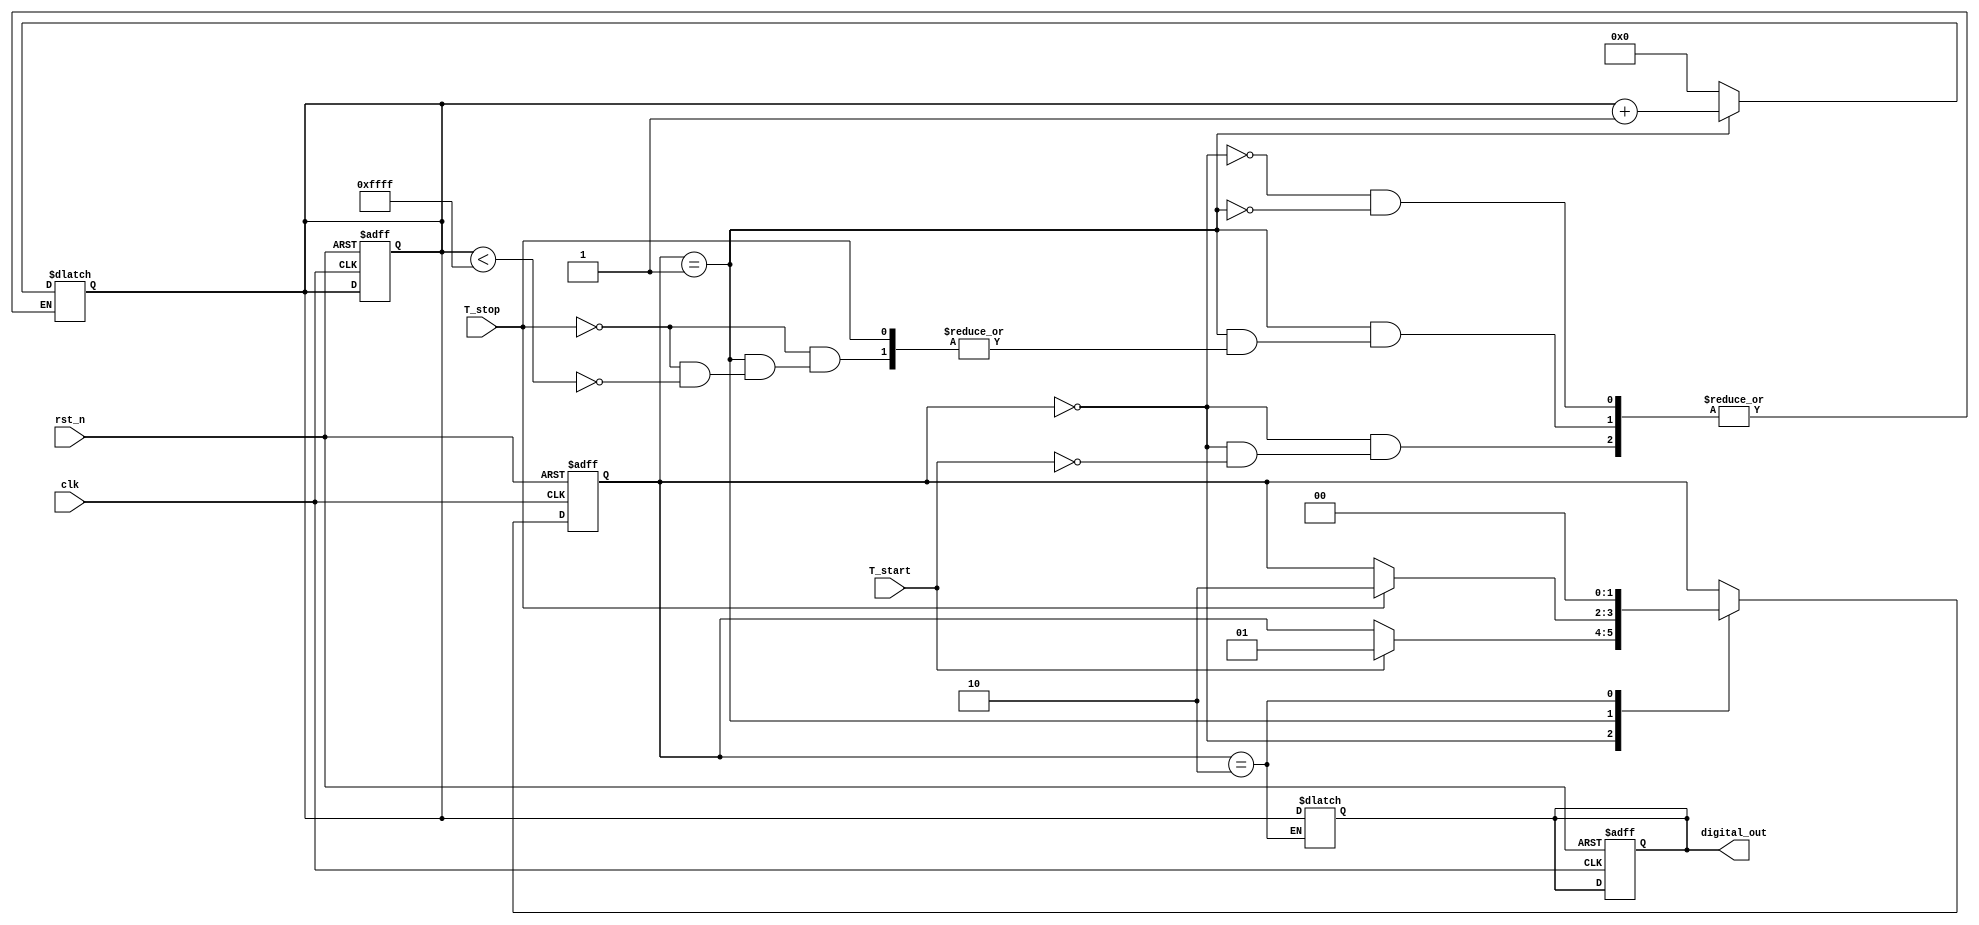
module TDC (
    input wire clk,              // System Clock
    input wire rst_n,            // Active low reset
    input wire T_start,          // Start signal
    input wire T_stop,           // Stop signal
    output reg [15:0] digital_out // 16-bit digital output
);

// Parameters
parameter CHARGE_RATE = 1;     // Charging rate (adjust as needed)
parameter MAX_VOLTAGE = 65535;  // Maximum digital value (for 16-bit)

reg [15:0] voltage;              // Voltage representation
reg charging;                    // Charging state
reg start_detected;              // Start signal detection
reg stop_detected;               // Stop signal detection

// State Machine
localparam IDLE = 2'b00,
           CHARGING = 2'b01,
           STOPPED = 2'b10;

reg [1:0] state, next_state;

// Sequential logic for state transitions
always @(posedge clk or negedge rst_n) begin
    if (!rst_n) begin
        state <= IDLE;
        voltage <= 0;
        digital_out <= 0;
        charging <= 0;
        start_detected <= 0;
        stop_detected <= 0;
    end else begin
        state <= next_state;
    end
end

// Combinational logic for state transitions and output logic
always @(*) begin
    next_state = state;
    case (state)
        IDLE: begin
            if (T_start) begin
                next_state = CHARGING;
                charging = 1;    // Begin charging
                voltage = 0;     // Reset voltage
                start_detected = 1; // Mark start detected
            end
        end
        CHARGING: begin
            if (T_stop) begin
                next_state = STOPPED;
                charging = 0;    // Stop charging
                stop_detected = 1; // Mark stop detected
            end else begin
                // Increment voltage based on the charge rate
                if (voltage < MAX_VOLTAGE)
                    voltage = voltage + CHARGE_RATE;
            end
        end
        STOPPED: begin
            // Convert voltage to digital value
            digital_out = voltage; // Output the voltage as digital value
            next_state = IDLE;     // Go back to IDLE
            // Reset flags
            start_detected = 0;
            stop_detected = 0;
        end
    endcase
end

endmodule